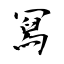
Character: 冩